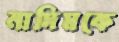
নাদিমকে